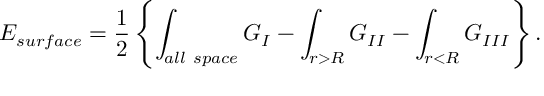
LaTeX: E _ { \small s u r f a c e } = { \frac { 1 } { 2 } } \left\{ \int _ { \small a l l ~ s p a c e } G _ { I } - \int _ { r > R } G _ { I I } - \int _ { r < R } G _ { I I I } \right\} .